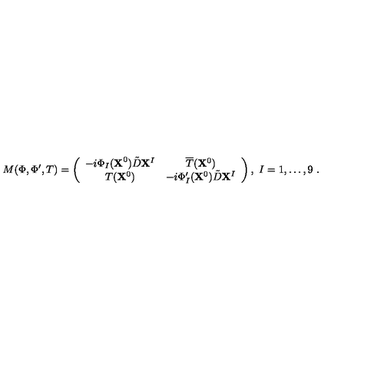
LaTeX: M ( \Phi , \Phi ^ { \prime } , T ) = \left( \begin{array} { c c } { - i \Phi _ { I } ( { \bf X } ^ { 0 } ) \tilde { D } { \bf X } ^ { I } } & { \overline { { T } } ( { \bf X } ^ { 0 } ) } \\ { T ( { \bf X } ^ { 0 } ) } & { - i \Phi _ { I } ^ { \prime } ( { \bf X } ^ { 0 } ) \tilde { D } { \bf X } ^ { I } } \\ \end{array} \right) , \ I = 1 , \dots , 9 \ .